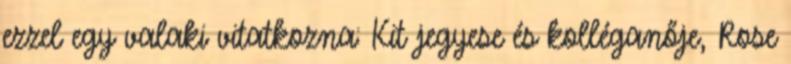
ezzel egy valaki vitatkozna: Kit jegyese és kolléganője, Rose